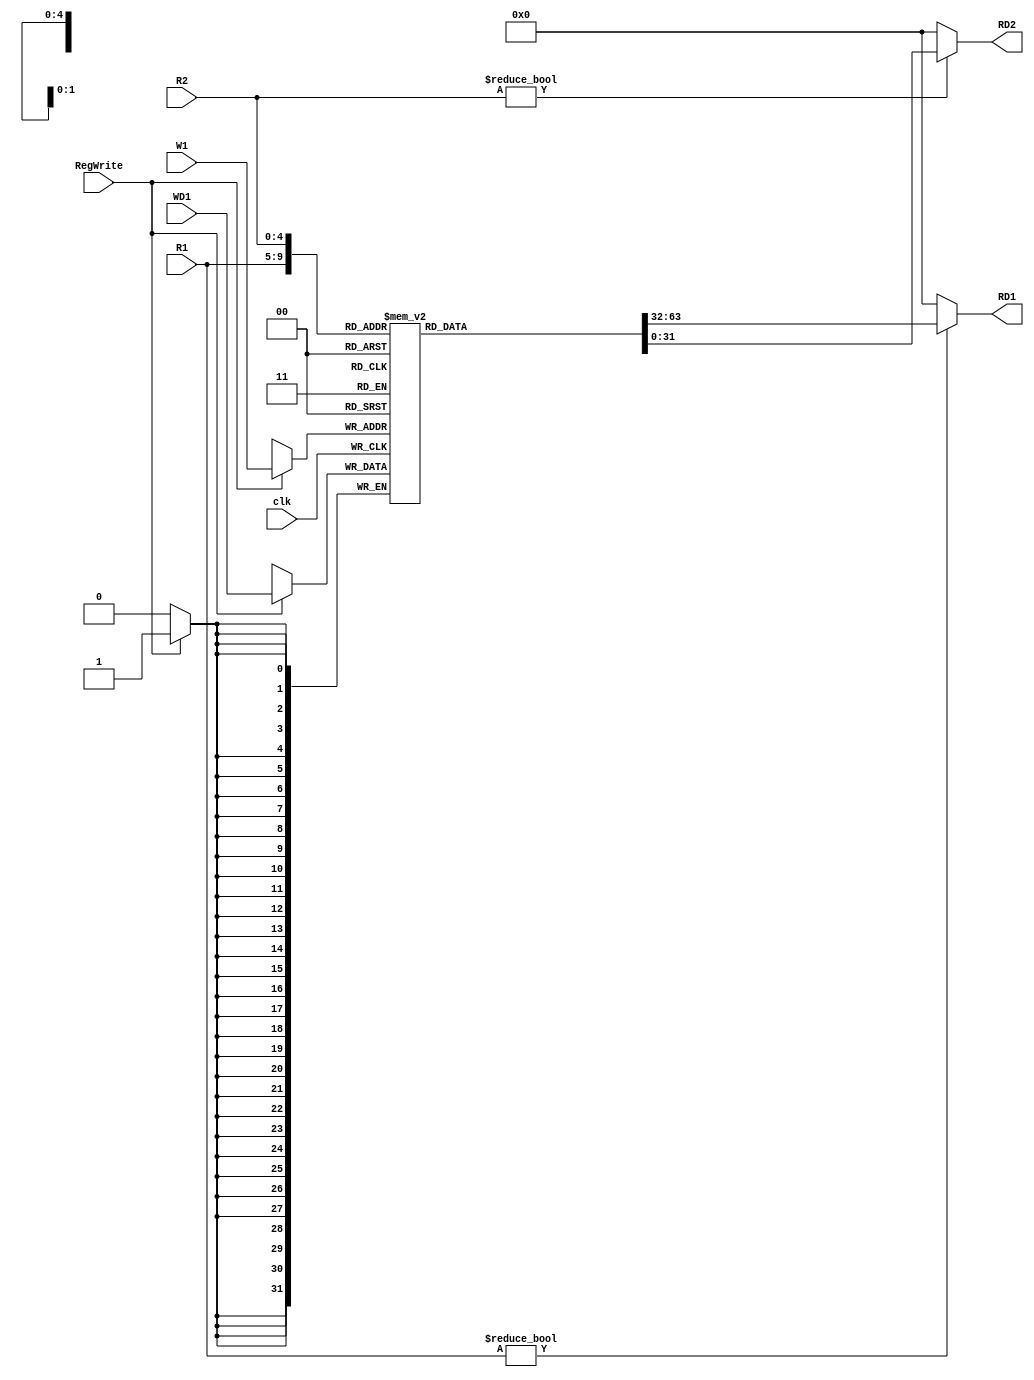
module Registerfile(clk, RegWrite,R1,R2,W1,WD1,RD1,RD2);
input clk,RegWrite;
input [4:0] R1;
input [4:0] R2;
input [4:0] W1;
input [31:0] WD1;
output [31:0] RD1;
output [31:0] RD2;
reg [31:0] Register [31:0];

initial
begin
Register[0] = 32'h00000000;
Register[1] = 32'h00000000;
Register[2] = 32'h00000000;
Register[3] = 32'h00000000;
Register[4] = 32'h00000000;
Register[5] = 32'h00000000;
Register[6] = 32'h00000000;
Register[7] = 32'h00000000;
Register[8] = 32'h00000000;
Register[9] = 32'h00000000;
Register[17] = 32'h00000001;
end
always @(posedge clk)
begin
if(RegWrite)
Register[W1] <= WD1;
end
assign RD1 = (R1 != 0) ? Register[R1] : 0;
assign RD2 = (R2 != 0) ? Register[R2] : 0;
endmodule